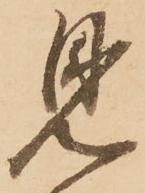
見